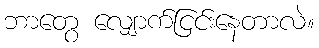
ဘာတွေ လျှောက်ငြင်းနေတာလဲ။